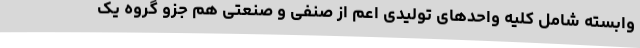
وابسته شامل کلیه واحدهای تولیدی اعم از صنفی و صنعتی هم جزو گروه یک